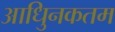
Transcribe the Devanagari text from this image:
आधुिनकतम